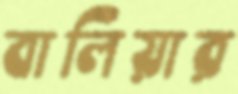
বালিয়ার